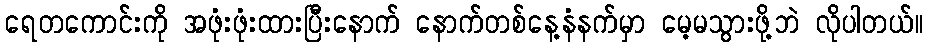
ရေတကောင်းကို အဖုံးဖုံးထားပြီးနောက် နောက်တစ်နေ့နံနက်မှာ မေ့မသွားဖို့ဘဲ လိုပါတယ်။